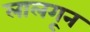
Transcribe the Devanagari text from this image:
लालगून